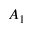
A _ { 1 }